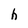
Character: h